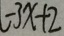
- 3 x + 2